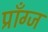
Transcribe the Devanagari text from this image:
प्राँग्ज